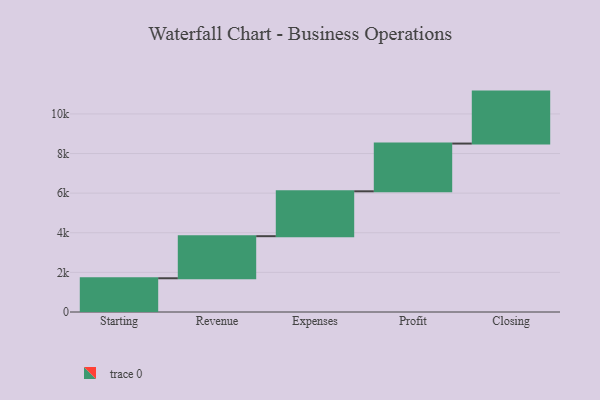
{"axis": {"x": "Step", "y": "Value"}, "legend": [""], "data": [{"x": "Starting", "y": 1703.0, "type": ""}, {"x": "Revenue", "y": 2124.0, "type": ""}, {"x": "Expenses", "y": 2266.0, "type": ""}, {"x": "Profit", "y": 2410.0, "type": ""}, {"x": "Closing", "y": 2623.0, "type": ""}]}